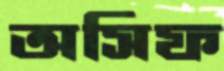
অসিফ